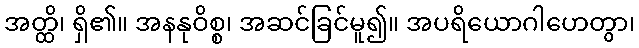
အတ္ထိ၊ ရှိ၏။ အနနုဝိစ္စ၊ အဆင်ခြင်မူ၍။ အပရိယောဂါဟေတွာ၊